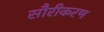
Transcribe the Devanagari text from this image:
सौरीकरण